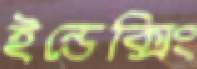
ইন্ডেক্সিং